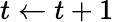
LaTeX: t\gets t+1